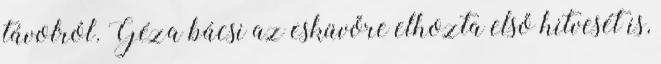
távolról. Géza bácsi az esküvőre elhozta első hitvesét is,